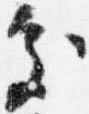
処